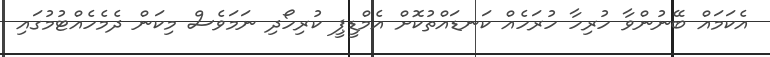
އެކަމައް ބޭނުންވާ ހުރިހާ ހުރަހެއް ކަނޑައްތުކޮށް އެމްޑީޕީ ކުރިހޯދި ނަމަވެސް މިކަން ދެމެހެއްޓުމުގައި